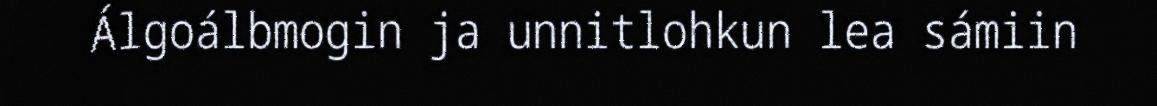
Álgoálbmogin ja unnitlohkun lea sámiin